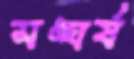
সঙ্ঘর্ষ